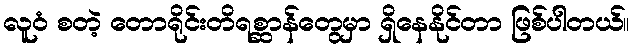
လူဝံ စတဲ့ တောရိုင်းတိရစ္ဆာန်တွေမှာ ရှိနေနိုင်တာ ဖြစ်ပါတယ်။